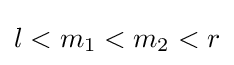
l<m_{1}<m_{2}<r